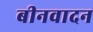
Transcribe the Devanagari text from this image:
बीनवादन